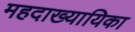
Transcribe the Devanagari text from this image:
महदाख्यायिका